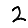
Digit: 2